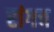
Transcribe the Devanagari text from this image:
रांगच